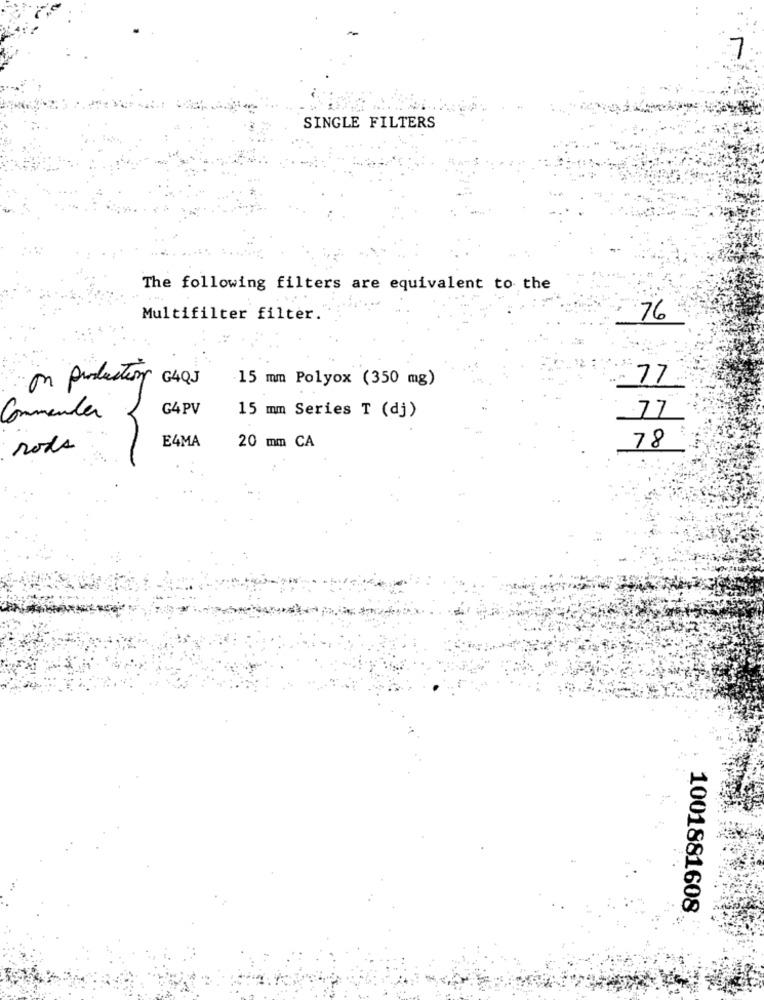
SINGLE FILTERS
The following filters are equivalent to the
Multifilter filter.
76
77
on productos 64QJ
15 mm Polyox (350 mg)
G4PV
Commentar
15 mm Series T (dj)
.77
E4MA
20 mm CA
rods
78
1001881608